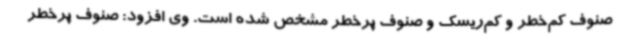
صنوف کم‌خطر و کم‌ریسک و صنوف پرخطر مشخص شده است. وی افزود: صنوف پرخطر